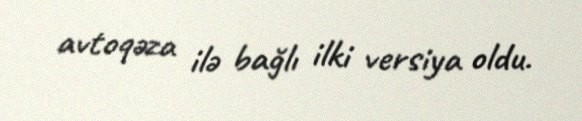
avtoqəza ilə bağlı ilki versiya oldu.